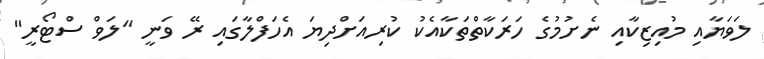
ލަވަޔާއި މުއިޒިކާއި ނެށުމުގެ ހަރަކާތްތަކާއެކު ކުރިއަށްދިޔަ އެހަފްލާގައި ރޭ ވަނީ "ލަވް ސްޓޯރީ"